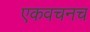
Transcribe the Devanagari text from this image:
एकवचनच